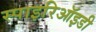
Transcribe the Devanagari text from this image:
स्पाइरिऑइडी